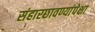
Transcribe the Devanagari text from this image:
संहारछावण्यांपेक्षा